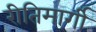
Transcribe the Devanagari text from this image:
रीतिमार्गी